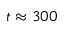
t \approx 3 0 0